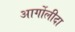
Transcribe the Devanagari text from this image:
आर्गोलीदा